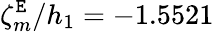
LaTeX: \zeta_{m}^{\mathtt{E}}/h_{1}=-1.5521